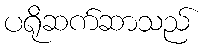
ပရိုဆက်ဆာသည်